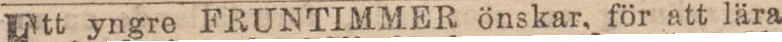
Ett yngre FRUNTIMMER önskar, för att lära